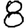
Digit: 8